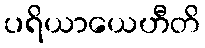
ပရိယာယေဟီတိ